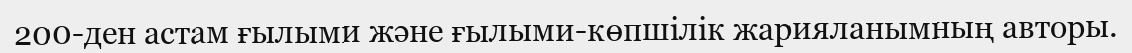
200-ден астам ғылыми және ғылыми-көпшілік жарияланымның авторы.